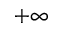
+ \infty